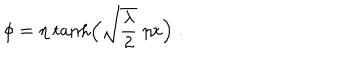
LaTeX: \phi = \eta \ { \tanh } \Bigl ( \sqrt { \frac { \lambda } { 2 } } \ \eta x \Bigr ) \ .